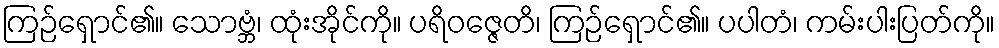
ကြဉ်ရှောင်၏။ သောဗ္ဘံ၊ ထုံးအိုင်ကို။ ပရိဝဇ္ဇေတိ၊ ကြဉ်ရှောင်၏။ ပပါတံ၊ ကမ်းပါးပြတ်ကို။